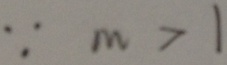
\because m > 1